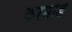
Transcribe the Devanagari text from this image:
करमोडे